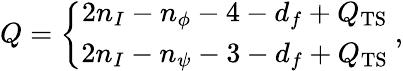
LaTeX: Q=\left\{ \begin{array}{c}{{2n_{I}-n_{\phi}-4-d_{f}+Q_{\mathrm{TS}}}}\\ {{2n_{I}-n_{\psi}-3-d_{f}+Q_{\mathrm{TS}}}}\end{array}\right.\ ,